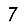
Digit: 7